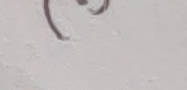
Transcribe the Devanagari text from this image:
९